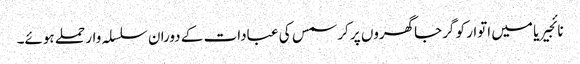
نائجیریا میں اتوار کو گرجاگھروں پر کرسمس کی عبادات کے دوران سلسلہ وار حملے ہوئے۔